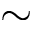
\sim